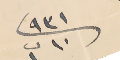
٩٣١/ ١٠ ت١